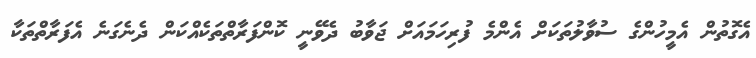
އެގޮތުން އެމީހުންގެ ސުވާލުތަކަށް އެންމެ ފުރިހަމައަށް ޖަވާބު ދެވޭނީ ކޮންފަރާތްތަކެއްކަން ދެނެގަނެ އެފަރާތްތަކާ